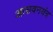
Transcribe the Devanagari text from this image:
आसवनयंत्र